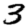
Digit: 3